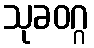
သုခဝဂ္ဂ